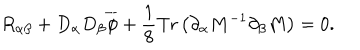
R _ { \alpha \beta } + D _ { \alpha } D _ { \beta } \overline { { { \phi } } } + \frac { 1 } { 8 } \mathrm { T r } \left( \partial _ { \alpha } M ^ { - 1 } \partial _ { \beta } M \right) = 0 .